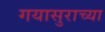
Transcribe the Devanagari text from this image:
गयासुराच्या